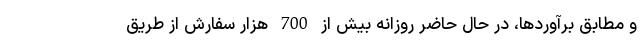
و مطابق برآوردها، در حال حاضر روزانه بیش از 700 هزار سفارش از طریق